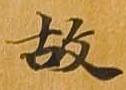
故